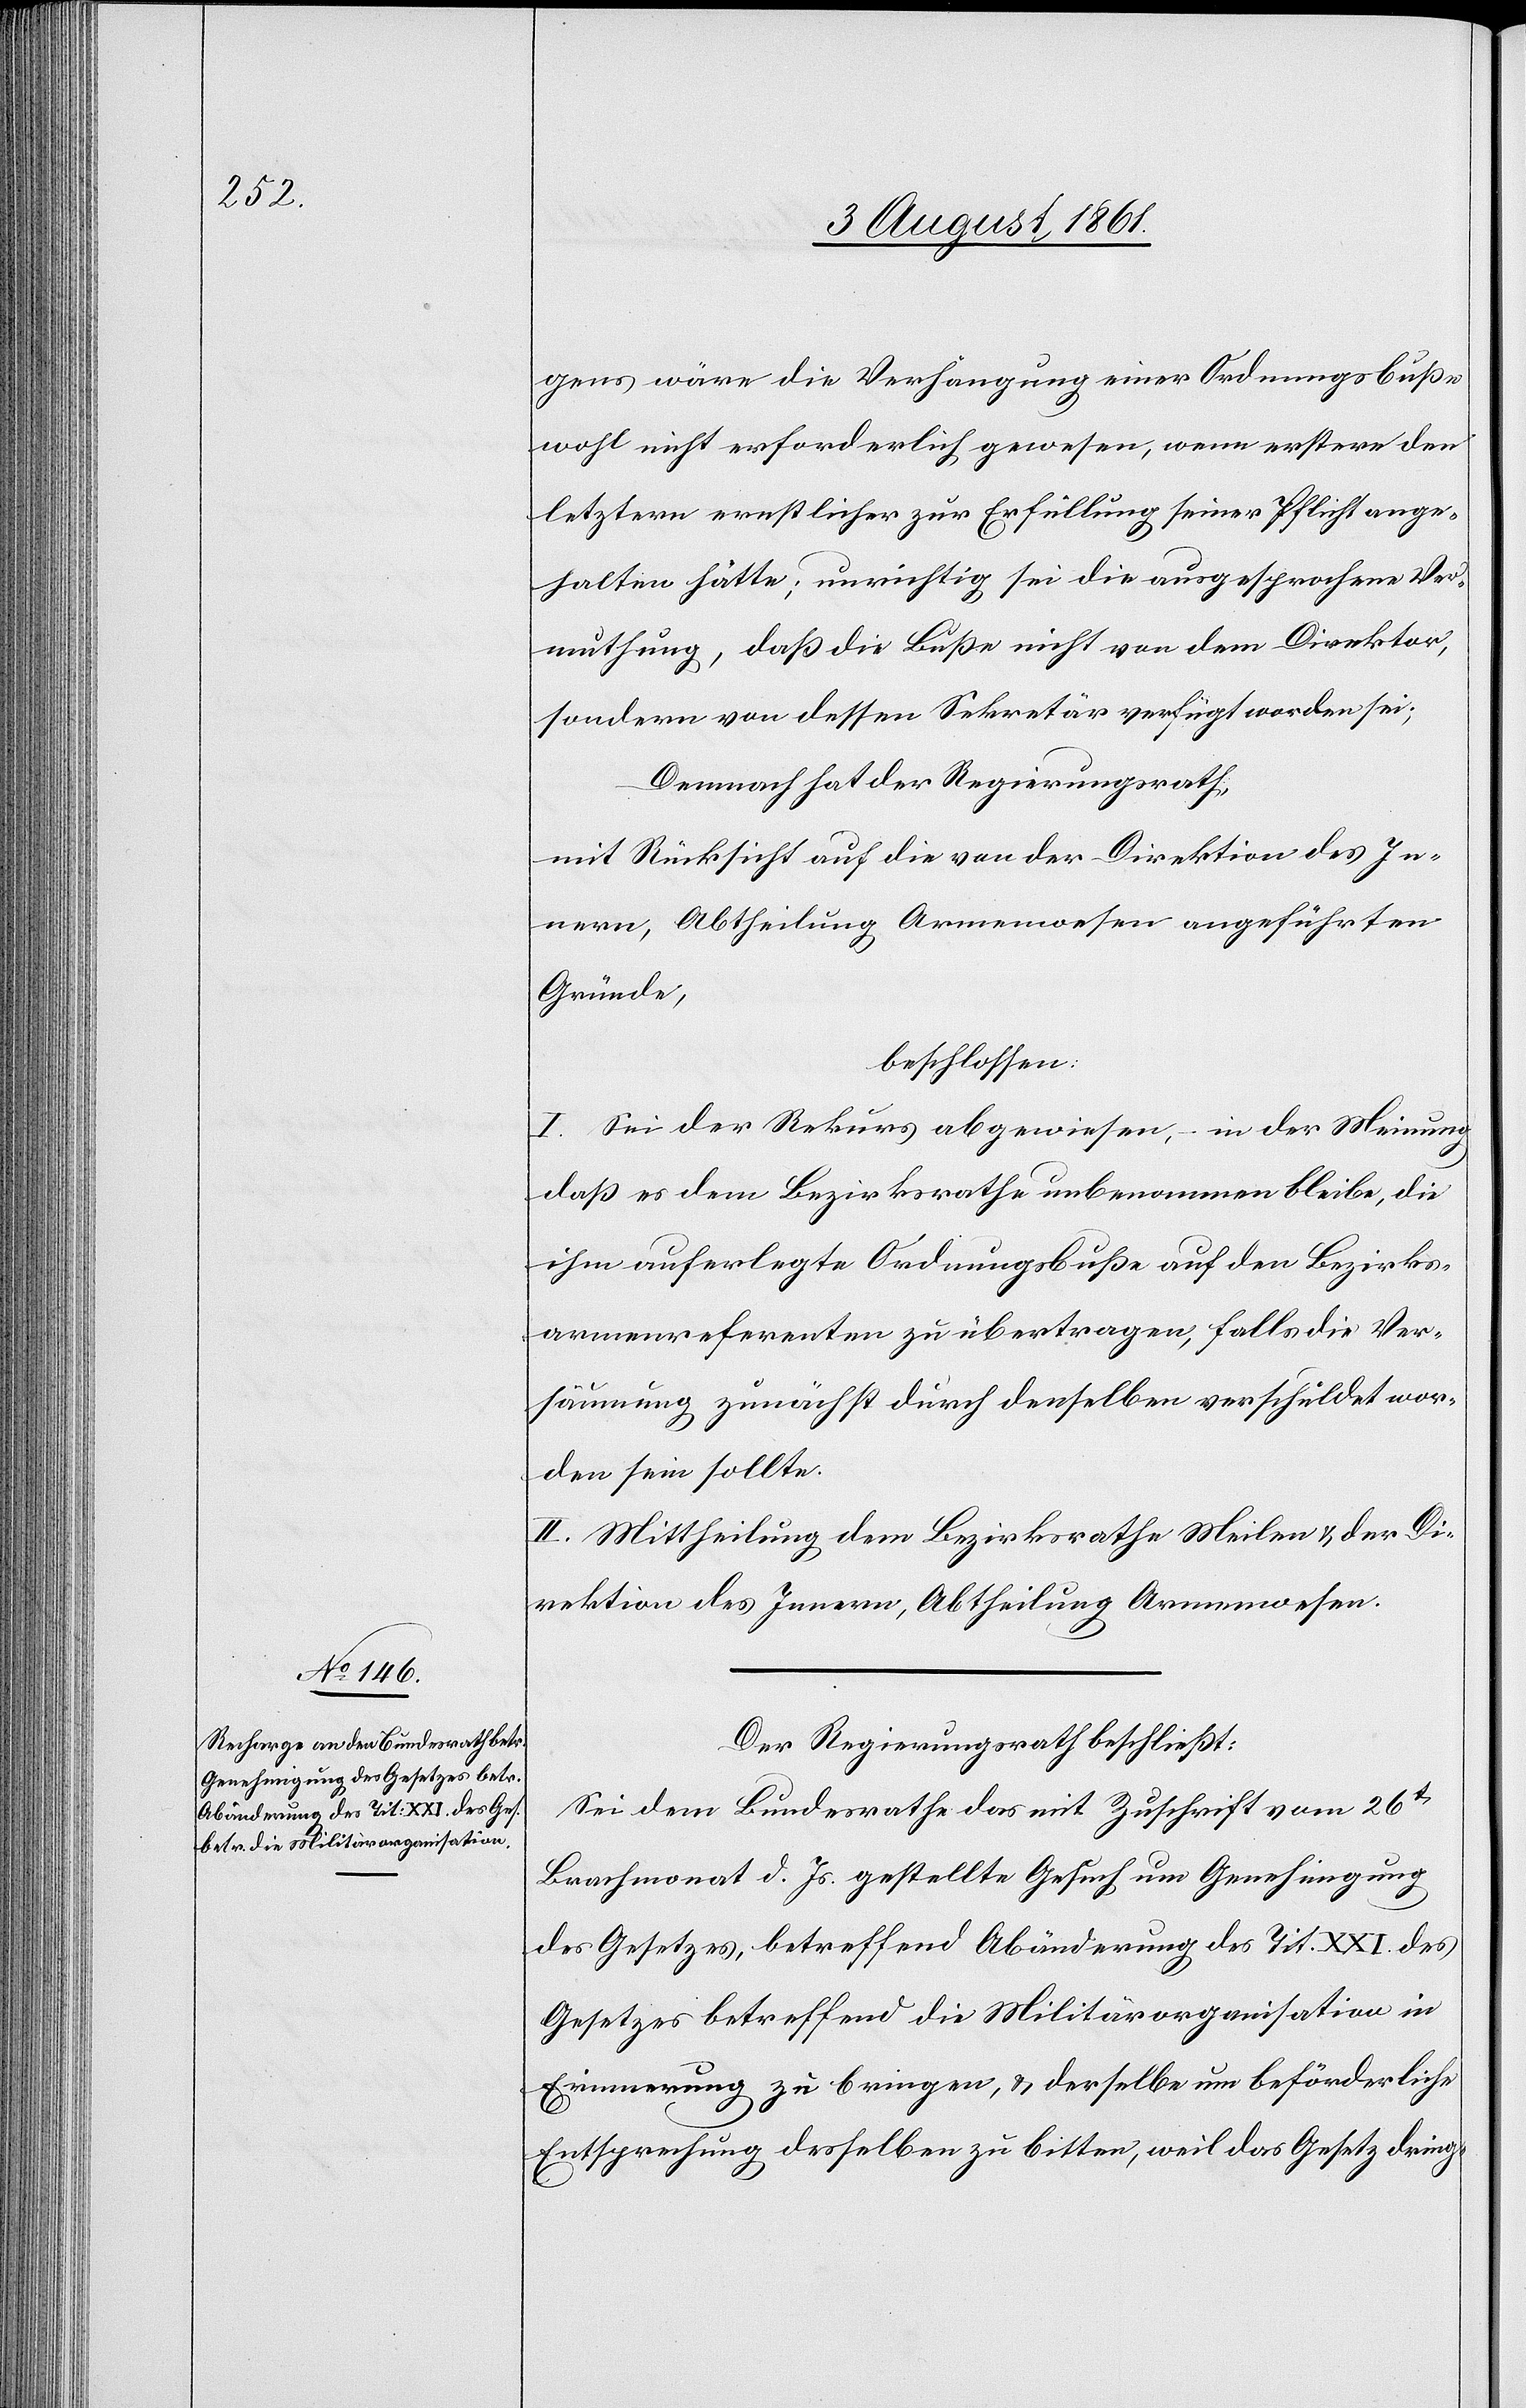
gens wäre die Verhängung einer Ordnungsbuße
wohl nicht erforderlich gewesen, wenn ersterer den
letztern ernstlicher zur Erfüllung seiner Pflicht ange¬
halten hätte; unrichtig sei die ausgesprochene Ver¬
muthung, daß die Buße nicht von dem Direktor,
sondern von diesen Sekretär verfügt worden sei;
Demnach hat der Regierungsrath,
mit Rücksicht auf die von der Direktion des In¬
nern, Abtheilung Armenwesen angeführten
Gründe,
beschlossen:
I. Sei der Rekurs abgewiesen, – in der Meinung
daß es dem Bezirksrathe unbenommen bleibe, die
ihm auferlegte Ordnungsbuße auf den Bezirks¬
armenreferenten zu übertragen, falls die Ver¬
säumung zunächst durch denselben verschuldet wor¬
den sein sollte.
II. Mittheilung dem Bezirksrathe Meilen u. der Di¬
rektion des Innern, Abtheilung Armenwesen.
Der Regierungsrath beschließt:
Sei dem Bundesrathe das mit Zuschrift vom 26t
Brachmonat d. Js. gestellte Gesuch um Genehmigung
des Gesetzes, betreffend Abänderung des Tit. XXI. des
Gesetzes betreffend die Militärorganisation in
Erinnerung zu bringen, u. derselbe um beförderliche
Entsprechung desselben zu bitten, weil das Gesetz dring-